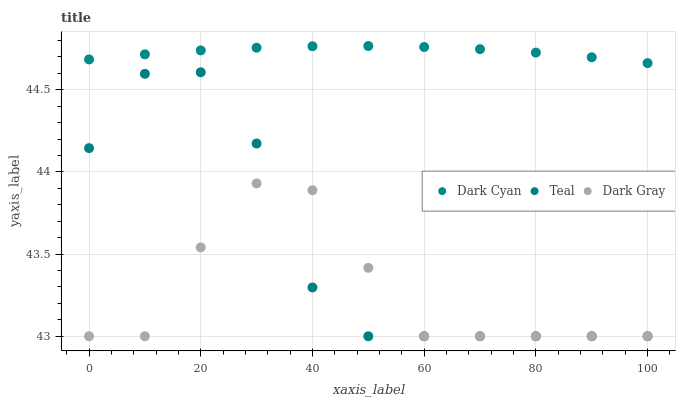
| xaxis_label | Dark Cyan | Teal | Dark Gray |
 | --- | --- | --- | --- |
 | 0 | 44.7 | 44.1 | 43 |
 | 10 | 44.7 | 44.6 | 43 |
 | 20 | 44.7 | 44.6 | 43.5 |
 | 30 | 44.8 | 44.2 | 43.9 |
 | 40 | 44.8 | 43.3 | 43.9 |
 | 50 | 44.8 | 43 | 43.4 |
 | 60 | 44.8 | 43 | 43 |
 | 70 | 44.7 | 43 | 43 |
 | 80 | 44.7 | 43 | 43 |
 | 90 | 44.7 | 43 | 43 |
 | 100 | 44.7 | 43 | 43 |